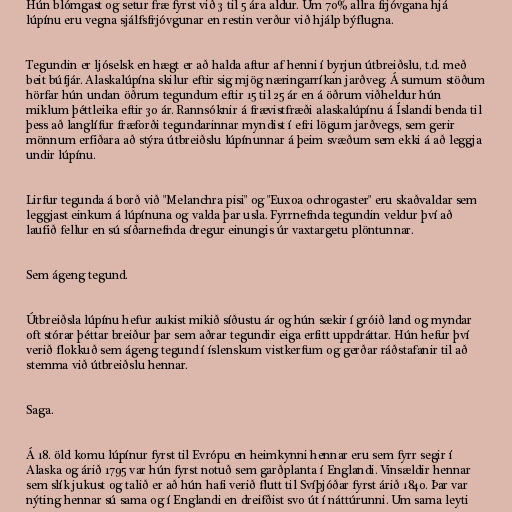
Hún blómgast og setur fræ fyrst við 3 til 5 ára aldur. Um 70% allra frjóvgana hjá
lúpínu eru vegna sjálfsfrjóvgunar en restin verður við hjálp býflugna.

Tegundin er ljóselsk en hægt er að halda aftur af henni í byrjun útbreiðslu, t.d. með
beit búfjár. Alaskalúpína skilur eftir sig mjög næringarríkan jarðveg. Á sumum stöðum
hörfar hún undan öðrum tegundum eftir 15 til 25 ár en á öðrum viðheldur hún
miklum þéttleika eftir 30 ár. Rannsóknir á frævistfræði alaskalúpínu á Íslandi benda til
þess að langlífur fræforði tegundarinnar myndist í efri lögum jarðvegs, sem gerir
mönnum erfiðara að stýra útbreiðslu lúpínunnar á þeim svæðum sem ekki á að leggja
undir lúpínu.

Lirfur tegunda á borð við "Melanchra pisi" og "Euxoa ochrogaster" eru skaðvaldar sem
leggjast einkum á lúpínuna og valda þar usla. Fyrrnefnda tegundin veldur því að
laufið fellur en sú síðarnefnda dregur einungis úr vaxtargetu plöntunnar.

Sem ágeng tegund.

Útbreiðsla lúpínu hefur aukist mikið síðustu ár og hún sækir í gróið land og myndar
oft stórar þéttar breiður þar sem aðrar tegundir eiga erfitt uppdráttar. Hún hefur því
verið flokkuð sem ágeng tegund í íslenskum vistkerfum og gerðar ráðstafanir til að
stemma við útbreiðslu hennar.

Saga.

Á 18. öld komu lúpínur fyrst til Evrópu en heimkynni hennar eru sem fyrr segir í
Alaska og árið 1795 var hún fyrst notuð sem garðplanta í Englandi. Vinsældir hennar
sem slík jukust og talið er að hún hafi verið flutt til Svíþjóðar fyrst árið 1840. Þar var
nýting hennar sú sama og í Englandi en dreifðist svo út í náttúrunni. Um sama leyti